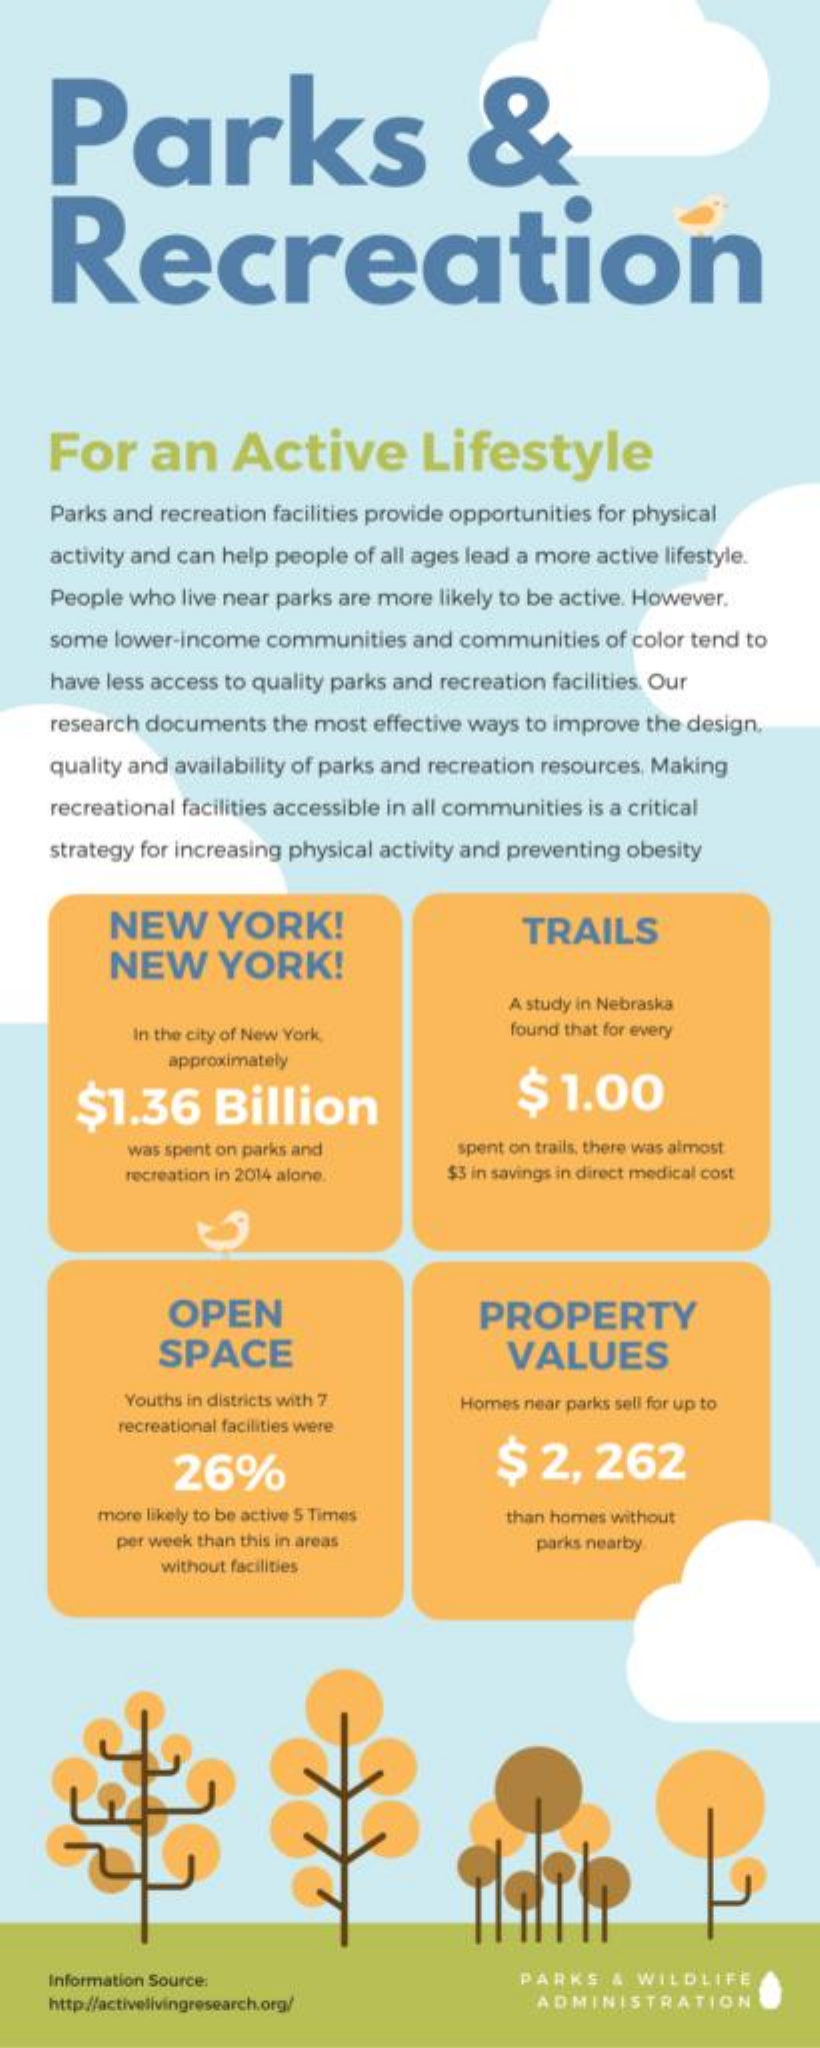
Parks    &
     Recreation
     For    an    Active    Lifestyle
     Parks and recreation facilities provide opportunities for physical
     activity and can help people of all ages lead a more active lifestyle.
     People who live near parks are more likely to be active. However.
     some lower-income  communities   and communities  of color tend to
     have less access to quality parks and recreation facilities. Our
     research documents  the most effective ways to improve the design.
     quality and availability of parks and recreation resources, Making
     recreational facilities accessible in all communities is a critical
     strategy for increasing physical activity and preventing obesity
     NEW    YORK!
     NEW    YORK!
     TRAILS
     A study in Nebraska
     In the city of New York,    found that for every
     approximately
     $1.36    Billion    $  1.00
     was spent on parks and    spent on trails, there was almost
     recreation in 2014 alone.    $3 in savings in direct medical cost
     OPEN    PROPERTY
     SPACE    VALUES
     Youths in districts with 7    Homes near parks sell for up to
     recreational facilities were
     26%    $   2,   262
     more likely to be active 5 Times    than homes without
     per week than this in areas    parks nearby
     without facilities
     Information Source:    PARKS   &  WILDLIFE
     ADMINISTRATION